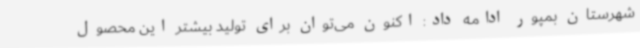
شهرستان بمپور ادامه داد: اکنون می‌توان برای تولید بیشتر این محصول